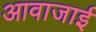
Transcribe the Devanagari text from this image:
आवाजाई